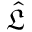
\hat { \mathfrak L }